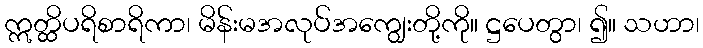
ဣတ္ထိပရိစာရိကာ၊ မိန်းမအလုပ်အကျွေးတို့ကို။ ဋ္ဌပေတွာ၊ ၍။ သဟာ၊